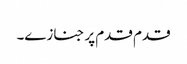
قدم قدم پر جنازے۔